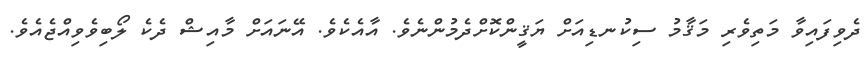
ދެވިފައިވާ މަތިވެރި މަޤާމު ސިކުނޑިއަށް ޔަޤީންކޮށްދެމުންނެވެ. އާއެކެވެ. އޭނައަށް މާއިޝް ދެކެ ލޯބިވެވިއްޖެއެވެ.